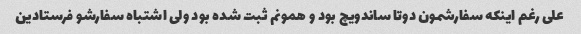
علی رغم اینکه سفارشمون دوتا ساندویچ بود و همونم ثبت شده بود ولی اشتباه سفارشو فرستادین